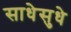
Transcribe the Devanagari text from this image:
साधेसुधे